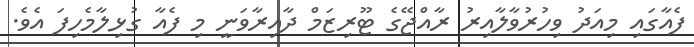
ފެއާގައި މިއަދު ވިހުރުވާލާއިރު ރާއްޖޭގެ ޓޫރިޒަމް ދާއިރާވަނީ މި ފެއާ ގުޅިލާމެހިފަ އެވެ.